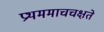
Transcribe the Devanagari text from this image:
प्रथममाचचक्षते